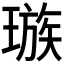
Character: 𪼕